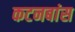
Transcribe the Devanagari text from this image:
कटनबांस